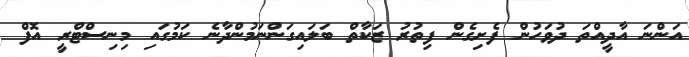
އަންނަ އާދީއްތަ ދުވަހުން ފެށިގެން ފިތުރު ޒަކާތް ބަލައިގަންނަމުންދާނެ ކަމުގައި މިނިސްޓްރީ އޮފް